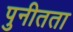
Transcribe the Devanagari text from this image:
पुनीतता